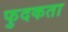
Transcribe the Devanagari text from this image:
फुदकता